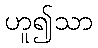
ဟူ၍သာ